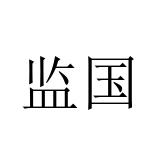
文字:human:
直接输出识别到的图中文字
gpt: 监国